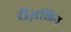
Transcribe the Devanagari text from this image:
रौज़लिन